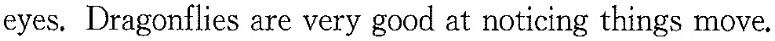
eyes.Dragonflies are very good at noticing things move.